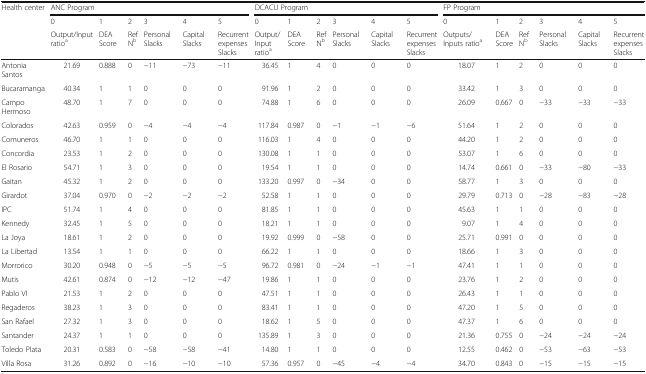
<table><thead><tr><td rowspan="3"><b>Health center</b></td><td colspan="6"><b>ANC Program</b></td><td colspan="6"><b>DCACU Program</b></td><td colspan="6"><b>FP Program</b></td></tr><tr><td><b>0</b></td><td><b>1</b></td><td><b>2</b></td><td><b>3</b></td><td><b>4</b></td><td><b>5</b></td><td><b>0</b></td><td><b>1</b></td><td><b>2</b></td><td><b>3</b></td><td><b>4</b></td><td><b>5</b></td><td><b>0</b></td><td><b>1</b></td><td><b>2</b></td><td><b>3</b></td><td><b>4</b></td><td><b>5</b></td></tr><tr><td><b>Output/Input ratio<sup>a</sup></b></td><td><b>DEA Score</b></td><td><b>RefN<sup>b</sup></b></td><td><b>Personal Slacks</b></td><td><b>Capital Slacks</b></td><td><b>Recurrent expenses Slacks</b></td><td><b>Output/Input ratio<sup>a</sup></b></td><td><b>DEA Score</b></td><td><b>RefN<sup>b</sup></b></td><td><b>Personal Slacks</b></td><td><b>Capital Slacks</b></td><td><b>Recurrent expenses Slacks</b></td><td><b>Outputs/Inputs ratio<sup>a</sup></b></td><td><b>DEAScore</b></td><td><b>Ref N<sup>b</sup></b></td><td><b>Personal Slacks</b></td><td><b>Capital Slacks</b></td><td><b>Recurrent expenses Slacks</b></td></tr></thead><tbody><tr><td>Antonia Santos</td><td>21.69</td><td>0.888</td><td>0</td><td>−11</td><td>−73</td><td>−11</td><td>36.45</td><td>1</td><td>4</td><td>0</td><td>0</td><td>0</td><td>18.07</td><td>1</td><td>2</td><td>0</td><td>0</td><td>0</td></tr><tr><td>Bucaramanga</td><td>40.34</td><td>1</td><td>1</td><td>0</td><td>0</td><td>0</td><td>91.96</td><td>1</td><td>2</td><td>0</td><td>0</td><td>0</td><td>33.42</td><td>1</td><td>3</td><td>0</td><td>0</td><td>0</td></tr><tr><td>Campo Hermoso</td><td>48.70</td><td>1</td><td>7</td><td>0</td><td>0</td><td>0</td><td>74.88</td><td>1</td><td>6</td><td>0</td><td>0</td><td>0</td><td>26.09</td><td>0.667</td><td>0</td><td>−33</td><td>−33</td><td>−33</td></tr><tr><td>Colorados</td><td>42.63</td><td>0.959</td><td>0</td><td>−4</td><td>−4</td><td>−4</td><td>117.84</td><td>0.987</td><td>0</td><td>−1</td><td>−1</td><td>−6</td><td>51.64</td><td>1</td><td>2</td><td>0</td><td>0</td><td>0</td></tr><tr><td>Comuneros</td><td>46.70</td><td>1</td><td>1</td><td>0</td><td>0</td><td>0</td><td>116.03</td><td>1</td><td>4</td><td>0</td><td>0</td><td>0</td><td>44.20</td><td>1</td><td>2</td><td>0</td><td>0</td><td>0</td></tr><tr><td>Concordia</td><td>23.53</td><td>1</td><td>2</td><td>0</td><td>0</td><td>0</td><td>130.08</td><td>1</td><td>1</td><td>0</td><td>0</td><td>0</td><td>53.07</td><td>1</td><td>6</td><td>0</td><td>0</td><td>0</td></tr><tr><td>El Rosario</td><td>54.71</td><td>1</td><td>3</td><td>0</td><td>0</td><td>0</td><td>19.54</td><td>1</td><td>1</td><td>0</td><td>0</td><td>0</td><td>14.74</td><td>0.661</td><td>0</td><td>−33</td><td>−80</td><td>−33</td></tr><tr><td>Gaitan</td><td>45.32</td><td>1</td><td>2</td><td>0</td><td>0</td><td>0</td><td>133.20</td><td>0.997</td><td>0</td><td>−34</td><td>0</td><td>0</td><td>58.77</td><td>1</td><td>3</td><td>0</td><td>0</td><td>0</td></tr><tr><td>Girardot</td><td>37.04</td><td>0.970</td><td>0</td><td>−2</td><td>−2</td><td>−2</td><td>52.58</td><td>1</td><td>1</td><td>0</td><td>0</td><td>0</td><td>29.79</td><td>0.713</td><td>0</td><td>−28</td><td>−83</td><td>−28</td></tr><tr><td>IPC</td><td>51.74</td><td>1</td><td>4</td><td>0</td><td>0</td><td>0</td><td>81.85</td><td>1</td><td>1</td><td>0</td><td>0</td><td>0</td><td>45.63</td><td>1</td><td>1</td><td>0</td><td>0</td><td>0</td></tr><tr><td>Kennedy</td><td>32.45</td><td>1</td><td>5</td><td>0</td><td>0</td><td>0</td><td>18.21</td><td>1</td><td>1</td><td>0</td><td>0</td><td>0</td><td>9.07</td><td>1</td><td>4</td><td>0</td><td>0</td><td>0</td></tr><tr><td>La Joya</td><td>18.61</td><td>1</td><td>2</td><td>0</td><td>0</td><td>0</td><td>19.92</td><td>0.999</td><td>0</td><td>−58</td><td>0</td><td>0</td><td>25.71</td><td>0.991</td><td>0</td><td>0</td><td>0</td><td>0</td></tr><tr><td>La Libertad</td><td>13.54</td><td>1</td><td>1</td><td>0</td><td>0</td><td>0</td><td>66.22</td><td>1</td><td>1</td><td>0</td><td>0</td><td>0</td><td>18.66</td><td>1</td><td>3</td><td>0</td><td>0</td><td>0</td></tr><tr><td>Morrorico</td><td>30.20</td><td>0.948</td><td>0</td><td>−5</td><td>−5</td><td>−5</td><td>96.72</td><td>0.981</td><td>0</td><td>−24</td><td>−1</td><td>−1</td><td>47.41</td><td>1</td><td>1</td><td>0</td><td>0</td><td>0</td></tr><tr><td>Mutis</td><td>42.61</td><td>0.874</td><td>0</td><td>−12</td><td>−12</td><td>−47</td><td>19.86</td><td>1</td><td>1</td><td>0</td><td>0</td><td>0</td><td>23.76</td><td>1</td><td>2</td><td>0</td><td>0</td><td>0</td></tr><tr><td>Pablo VI</td><td>21.53</td><td>1</td><td>2</td><td>0</td><td>0</td><td>0</td><td>47.51</td><td>1</td><td>1</td><td>0</td><td>0</td><td>0</td><td>26.43</td><td>1</td><td>1</td><td>0</td><td>0</td><td>0</td></tr><tr><td>Regaderos</td><td>38.23</td><td>1</td><td>3</td><td>0</td><td>0</td><td>0</td><td>83.41</td><td>1</td><td>1</td><td>0</td><td>0</td><td>0</td><td>47.20</td><td>1</td><td>5</td><td>0</td><td>0</td><td>0</td></tr><tr><td>San Rafael</td><td>27.32</td><td>1</td><td>3</td><td>0</td><td>0</td><td>0</td><td>18.62</td><td>1</td><td>5</td><td>0</td><td>0</td><td>0</td><td>47.37</td><td>1</td><td>6</td><td>0</td><td>0</td><td>0</td></tr><tr><td>Santander</td><td>24.37</td><td>1</td><td>1</td><td>0</td><td>0</td><td>0</td><td>135.89</td><td>1</td><td>3</td><td>0</td><td>0</td><td>0</td><td>21.36</td><td>0.755</td><td>0</td><td>−24</td><td>−24</td><td>−24</td></tr><tr><td>Toledo Plata</td><td>20.31</td><td>0.583</td><td>0</td><td>−58</td><td>−58</td><td>−41</td><td>14.80</td><td>1</td><td>1</td><td>0</td><td>0</td><td>0</td><td>12.55</td><td>0.462</td><td>0</td><td>−53</td><td>−63</td><td>−53</td></tr><tr><td>Villa Rosa</td><td>31.26</td><td>0.892</td><td>0</td><td>−16</td><td>−10</td><td>−10</td><td>57.36</td><td>0.957</td><td>0</td><td>−45</td><td>−4</td><td>−4</td><td>34.70</td><td>0.843</td><td>0</td><td>−15</td><td>−15</td><td>−15</td></tr></tbody></table>